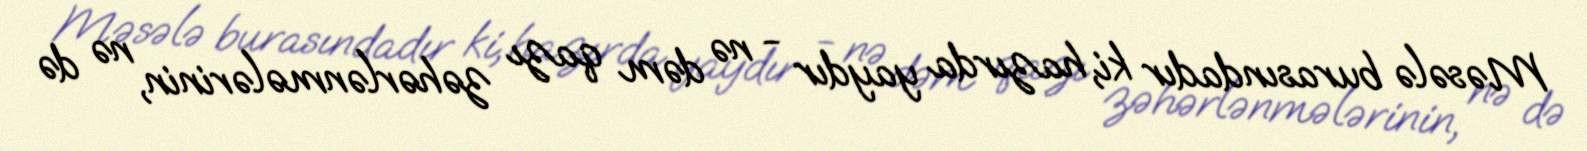
Məsələ burasındadır ki, hazırda yaydır - nə dəm qazı zəhərlənmələrinin, nə də